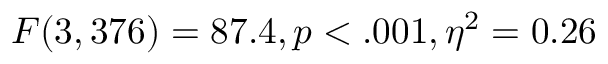
F ( 3 , 3 7 6 ) = 8 7 . 4 , p < . 0 0 1 , \eta ^ { 2 } = 0 . 2 6